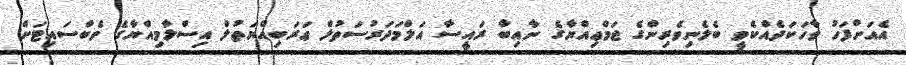
އެއަށްފަހު ވާހަކަދެއްކެވީ ބެލެނިވެރިންގެ ޖަމްޢިއްޔާގެ ނާއިބާ ރައީސާ އަލްމަދަރުސަތުލް ޢަރަބިއްޔަތުލް އިސްލާމިއްޔާގެ ވެބްސައިޓަށް